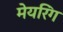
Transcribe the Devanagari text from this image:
मेयरिंग